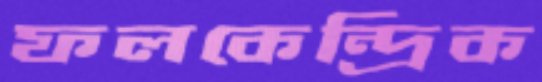
ফলকেন্দ্রিক